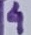
Text: 4